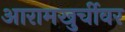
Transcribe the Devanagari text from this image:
आरामखुर्चीवर